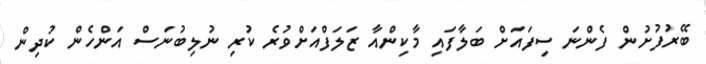
ބޭރުފުށުން ފެންނަ ސިފައަށް ބަލާފައި މާކިންއާ ޒަލަފްއަށްވުރެ ކުރި ނުލިބުނަސް އަންހެން ކުދިން